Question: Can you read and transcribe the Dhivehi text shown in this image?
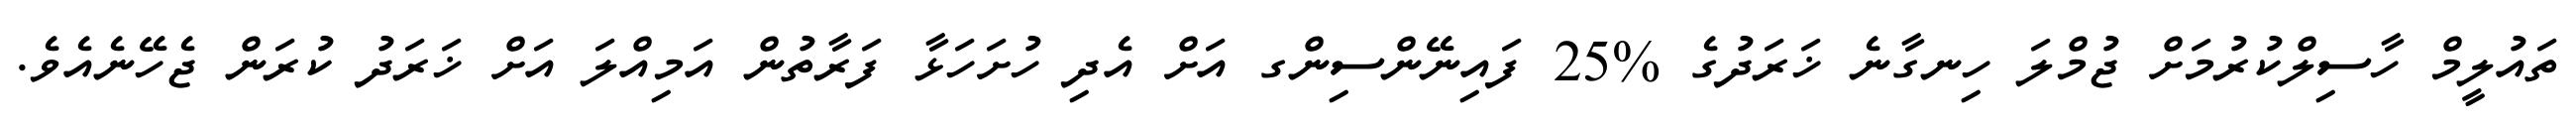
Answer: ތައުލީމް ހާސިލްކުރުމަށް ޖުމްލަ ހިނގާނެ ޚަރަދުގެ %25 ފައިނޭންސިންގ އަށް އެދި ހުށަހަޅާ ފަރާތުން އަމިއްލަ އަށް ޚަރަދު ކުރަން ޖެހޭނެއެވެ.